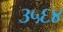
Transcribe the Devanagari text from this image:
३५६४